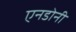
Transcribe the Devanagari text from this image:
एनडोनी